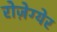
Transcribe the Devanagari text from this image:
रोज़ेग्येर